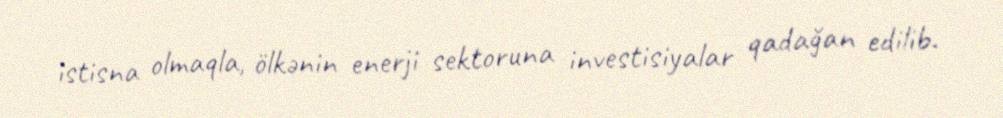
istisna olmaqla, ölkənin enerji sektoruna investisiyalar qadağan edilib.